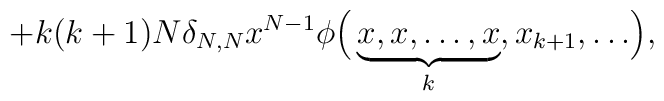
+k(k+1)N\delta_{N,N}x^{N-1}\phi  \Bigl(\,\underbrace{x,x,\dots,x}_{k},x_{k+1},\dots\Bigr),